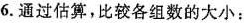
6.通过估算，比较各组数的大小：